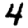
Digit: 4